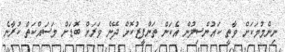
ނިންމުމަކަށް ވާތީ ކައުންސިލުން އެކަން ތަންފީޒުކޮށް ދޭން ވަރަށް ބޮޑަށް މަސައްކަތް ކުރާނެ